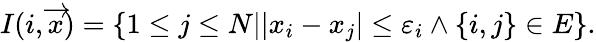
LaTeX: I(i,\overrightarrow{x})=\{ 1\leq j\leq N|\lvert x_{i}-x_{j}\rvert\leq\varepsilon_{i}\wedge\{ i,j\} \in E\} .